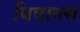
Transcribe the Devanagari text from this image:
विवान्त्स